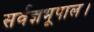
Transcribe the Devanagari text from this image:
सर्वज्ञभूपाल।